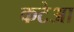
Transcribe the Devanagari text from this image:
कटेआ